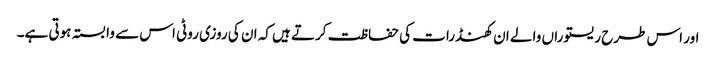
اور اس طرح ریستوراں والے ان کھنڈرات کی حفاظت کرتے ہیں کہ ان کی روزی روٹی اس سے وابستہ ہوتی ہے۔